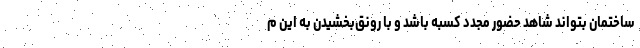
ساختمان بتواند شاهد حضور مجدد کسبه باشد و با رونق‌بخشیدن به این م